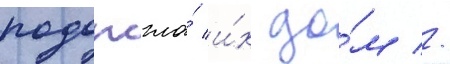
подожгла́ и́х до́м //